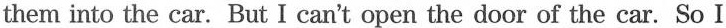
them into the car. But I can't open the door of the car. So I